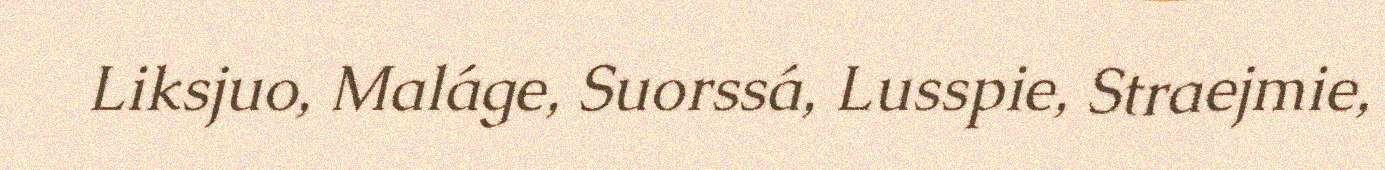
Liksjuo, Maláge, Suorssá, Lusspie, Straejmie,